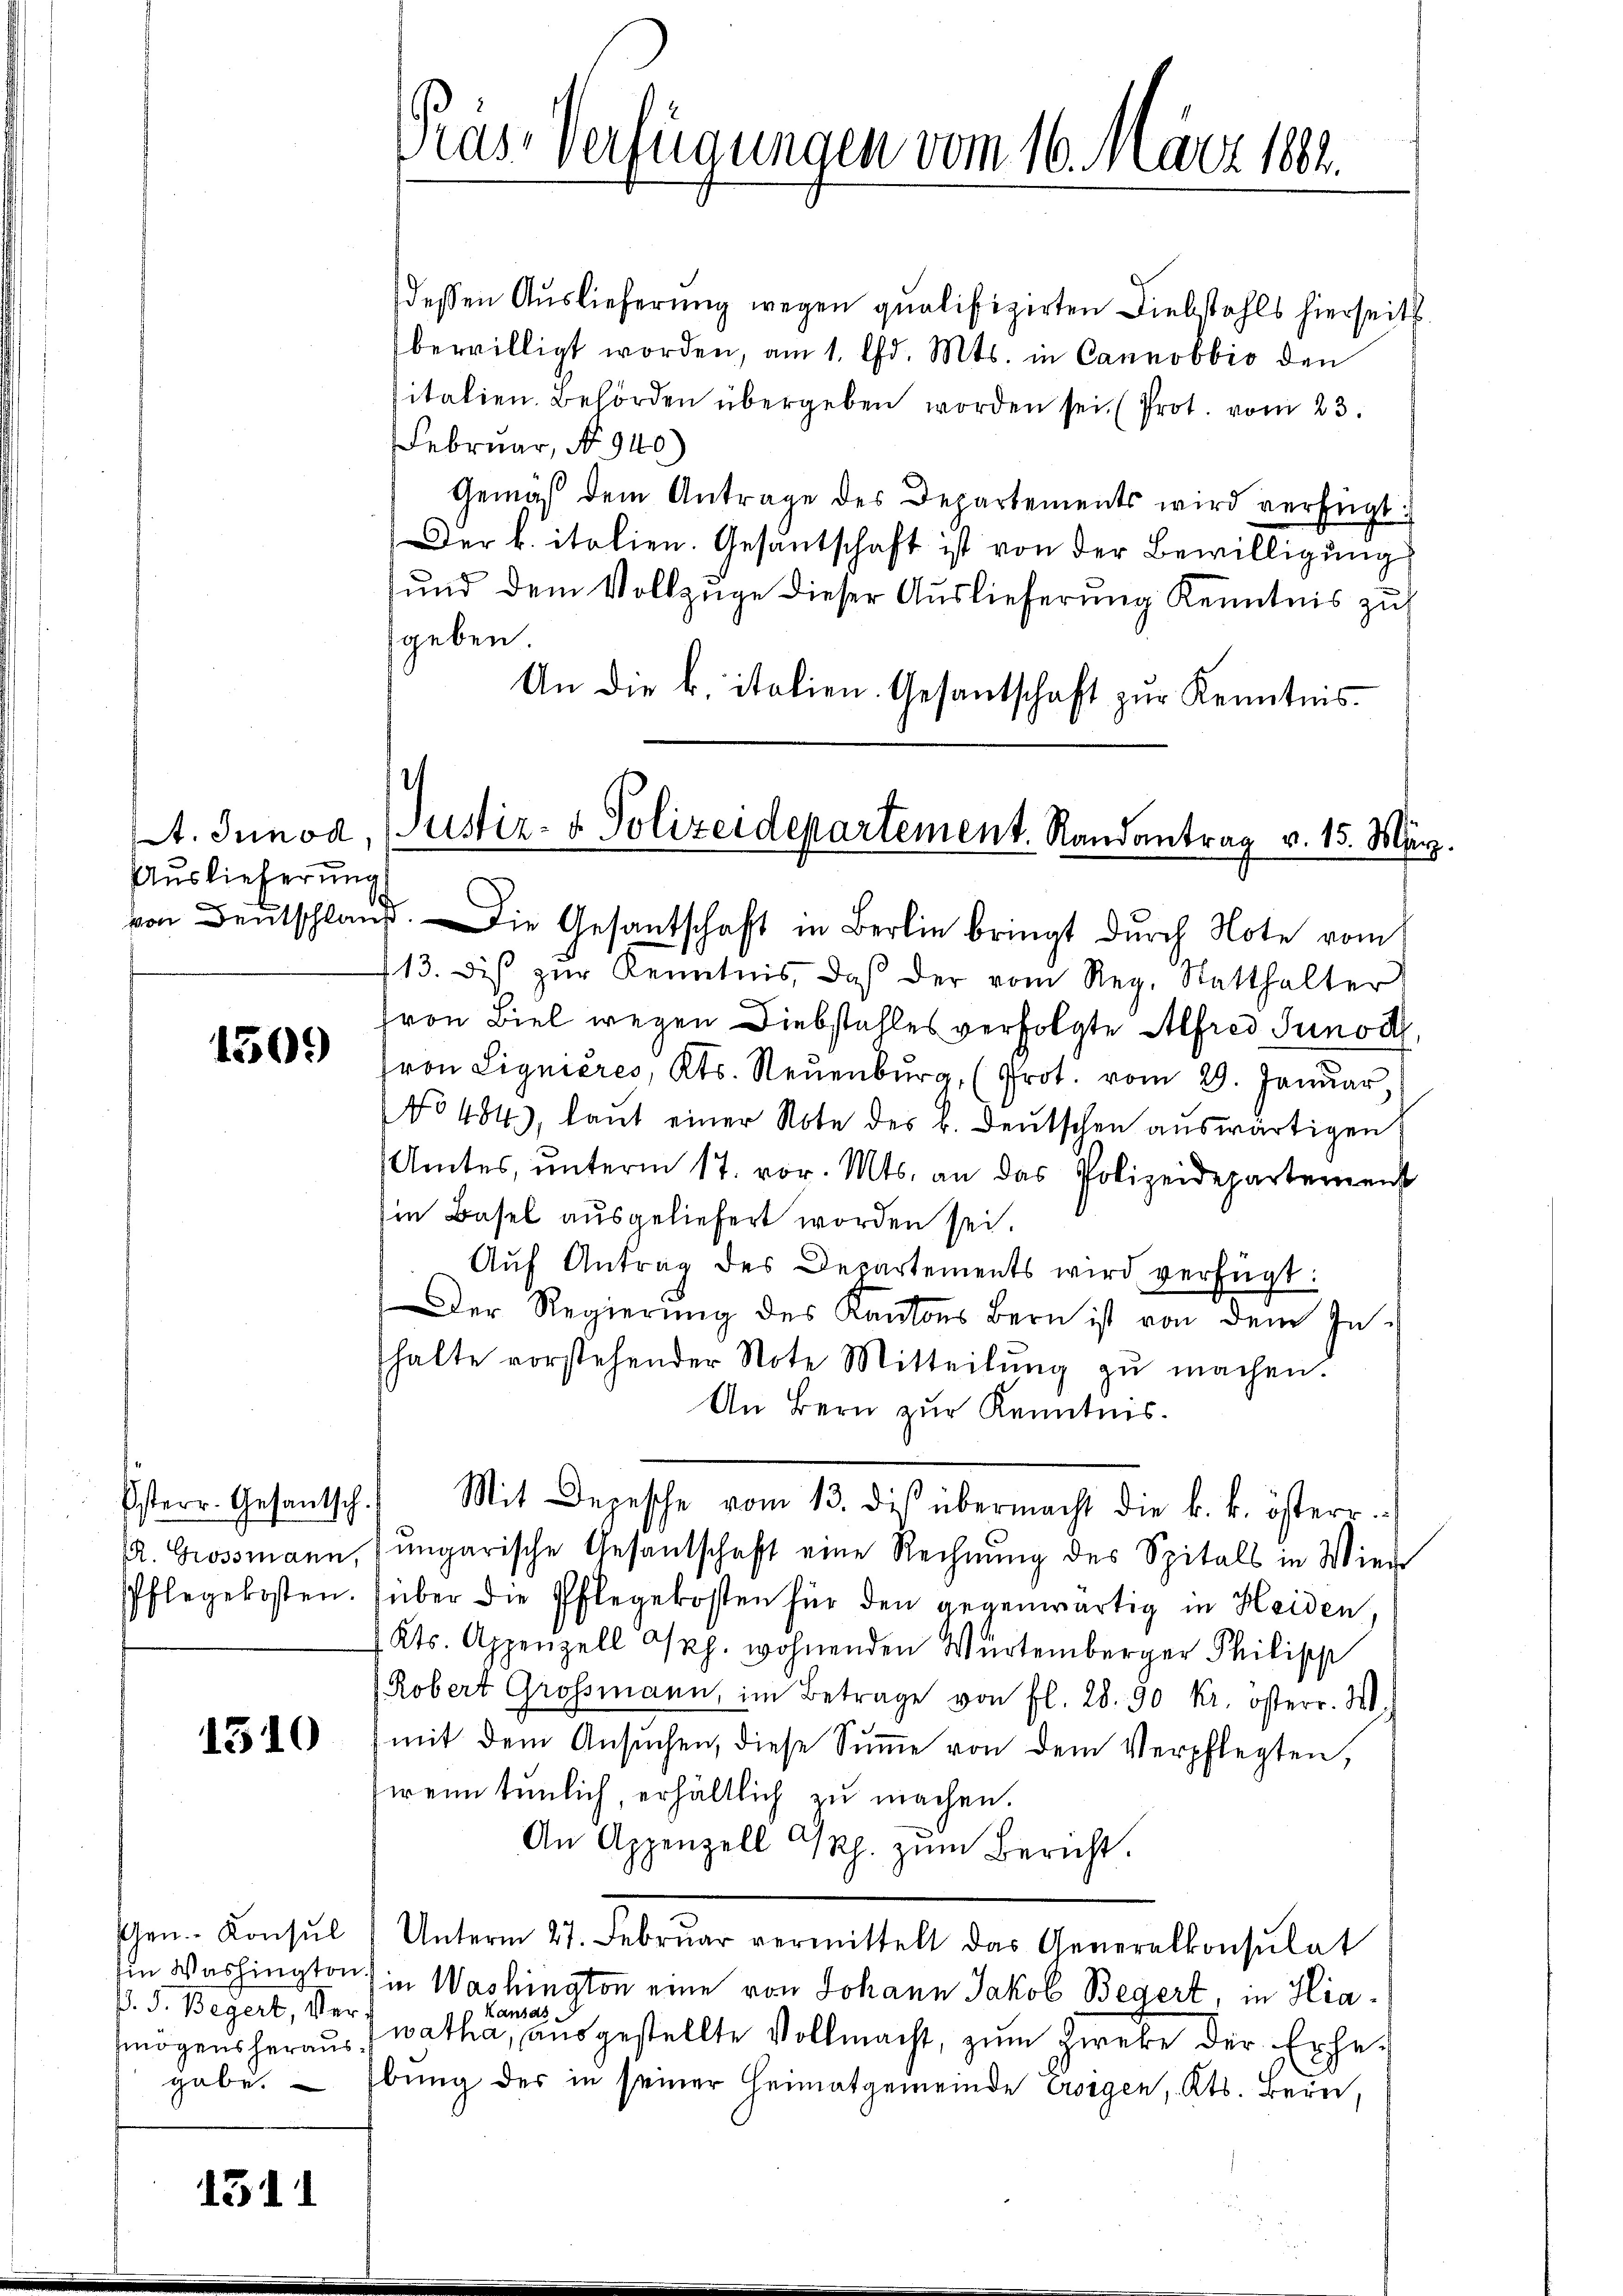
t. Junod,
Auslieferung

1509

Österr. Gesantsch.
R. Grossmann,

1510

P. V. Begert, Ver-

1311

Pras-Verfügungen vom 16. März 1884.

dessen Auslieferung wegen qualifizirten Diebstahls hierseits
bewilligt worden, am 1. d. Mts. in Cannobbio den
sitalien. Behörden übergeben worden sei. (Prot. vom 23.
Februar, No. 940)
Gemäß dem Antrage des Departements wird verfügt:
Der k. italien. Gesantschaft ist von der Bewilligung
und dem Vollzüge dieser Auslieferung Kenntnis zu
geben.
An die k. italien. Gesantschaft zur Kenntnis

14
Justiz- & Polizeidepartement. Randantrag v. 15. März.
von Deutschlauf. Die Gesantschaft in Berlin bringt durch Note vom

Mit Depesche vom 13. diβ übermacht die k. k. österr

13. diβ zŭr Kenntnis, daß der vom Reg. Statthalter
ron Biel wegen Diebstahles verfolgte Alfred Sunod,
ron Signieres, Kts. Neuenburg, (Prot. vom 29. Januar,
No 484, laut einer Note des b. deŭtschen aŭswärtigen
Amtes, unterm 17. vor. Mts. an das Polizeidepartement
sie Basel ausgeliefert worden sei.
Aŭf Antrag des Departements wird verfügt:
Der Regierŭng des Kantons Bern ist von dem In-
halte vorstehender Note Mitteilung zŭ machen.
An Bern zur Kenntnis.
ungarische Gesantschaft eine Rechnŭng des Spitals in Wien
Pflegekosten. (über die Pflegekosten für den gegenwärtig in Heiden.
Kts. Appenzell A/Rp. wohnenden Würtemberger Philipp
Robert Großmann, im Betrage von fl. 28. 90 kr. österr. W.
mit dem Ansŭchen, diese Sŭṁe von dem Verpflegten,
wenn tunlich, erhältlich zu machen.
An Appenzell Rp. zŭm Bericht.
Gen. Konsŭl) Unterm 27. Febrŭar vermittelt das Generalkonsulat
Ein Washington in Washington eine von Johann Jakob Bedert, in Hia¬
Kansas
mögensheraus „watha, ausgestellte Vollmacht, zum Zweke der Erhegabe. - Übung des in seiner Heimatgemeinde esigen, Kts. Bern,